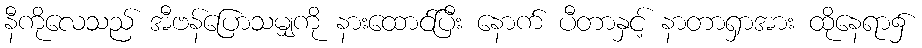
နီကိုလေသည် အီဗန်ပြောသမျှကို နားထောင်ပြီး နောက် ပီတာနှင့် နာတာရှာအား ထိုနေရာ၌